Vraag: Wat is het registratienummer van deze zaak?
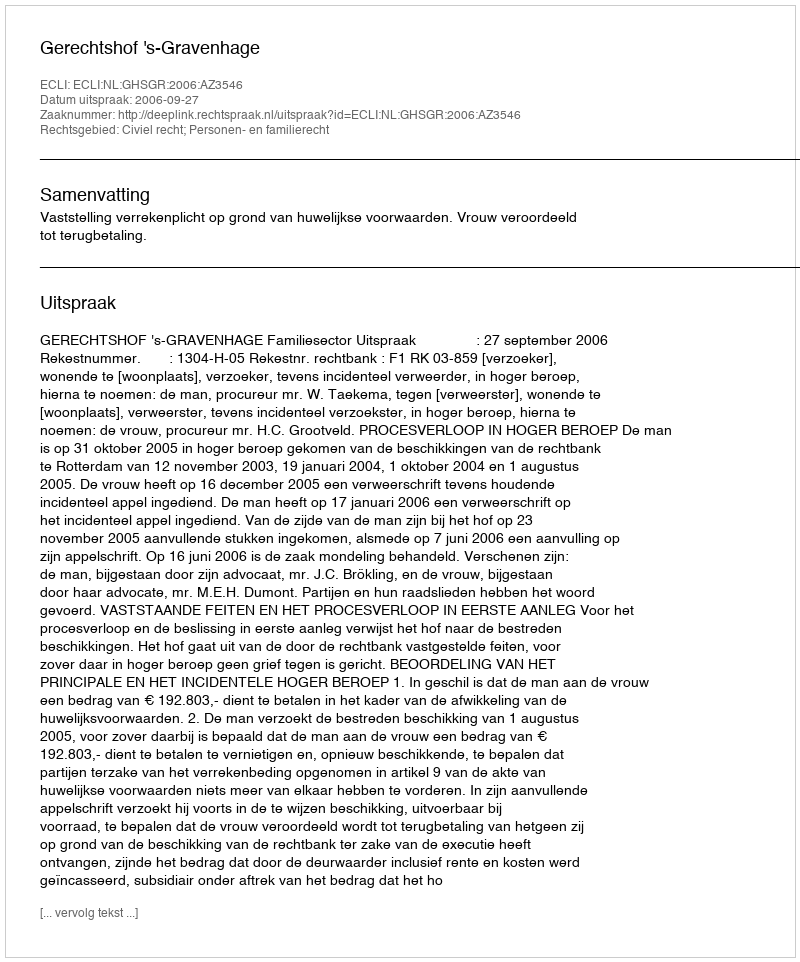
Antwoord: http://deeplink.rechtspraak.nl/uitspraak?id=ECLI:NL:GHSGR:2006:AZ3546